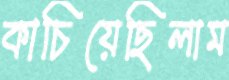
কাচিয়েছিলাম